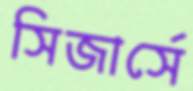
সিজার্সে